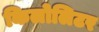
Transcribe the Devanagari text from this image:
किलोलिटर